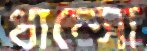
ধাম্‌সো